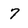
Character: 7